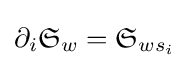
\partial _{i}{\mathfrak {S}}_{w}={\mathfrak {S}}_{ws_{i}}